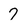
Character: 7